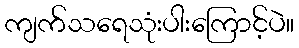
ကျက်သရေသုံးပါးကြောင့်ပဲ။